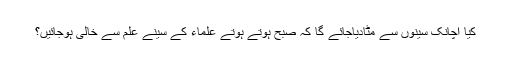
کیا اچانک سینوں سے مٹادیاجائے گا کہ صبح ہوتے ہوتے علماء کے سینے علم سے خالی ہوجائیں؟